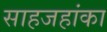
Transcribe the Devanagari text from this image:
साहजहांका